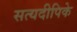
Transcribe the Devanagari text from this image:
सत्यदीपिके